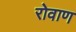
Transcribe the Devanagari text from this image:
रोवाण